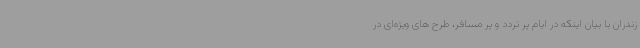
زندران با بیان اینکه در ایام پر تردد و پر مسافر، طرح های ویژه‌ای در